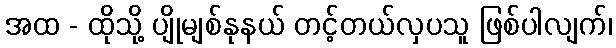
အထ - ထိုသို့ ပျိုမျစ်နုနယ် တင့်တယ်လှပသူ ဖြစ်ပါလျက်၊